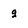
Character: g